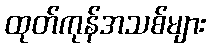
ထုတ်ကုန်အသစ်များ